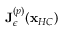
\mathbf { J } _ { \epsilon } ^ { ( p ) } ( \mathbf { x } _ { H C } )